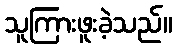
သူကြားဖူးခဲ့သည်။